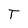
Character: T